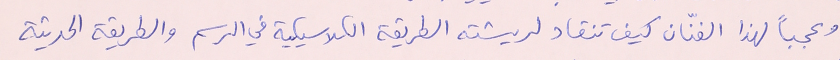
وعجباً لهذا الفنّان كيف تنقاد لريشته الطريقة الكلاسيكية في الرسم والطريقة الحديثة